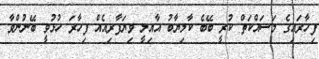
ފިހާރައިގެ މަސައްކަތް ކުރީ ބޭބެ ކާމިޔާބު އާއިލީ ވިޔަފާރިއެއް ފިހާރަ ހުޅުވީ ބޭނުންވާ